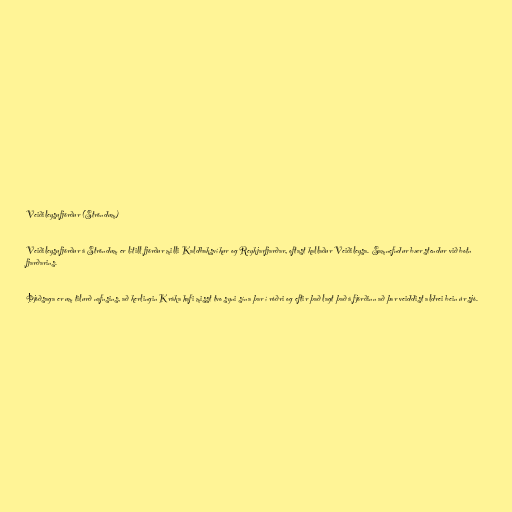
Veiðileysufjörður (Ströndum)

Veiðileysufjörður á Ströndum er lítill fjörður milli Kaldbaksvíkur og Reykjarfjarðar, oftast kallaður Veiðileysa. Samnefndur bær stendur við botn
fjarðarins.

Þjóðsaga er um tilurð nafnsins, að kerlingin Kráka hafi misst tvo syni sína þar í róðri og eftir það lagt það á fjörðinn að þar veiddist aldrei bein úr sjó.